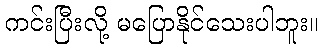
ကင်းပြီးလို့ မပြောနိုင်သေးပါဘူး။